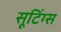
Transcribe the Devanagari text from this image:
सूटिंग्स